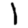
Digit: 1